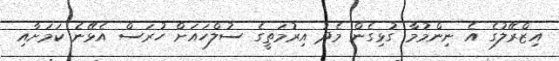
އިޒްރޭލުގެ އެ ނިންމުމާ ގުޅިގެން މެދު އިރުމަތީގެ ސުލްހައަށް ހުރަސް އެޅޭނެ ކަމަށާއި